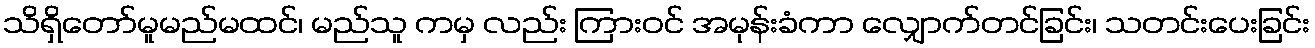
သိရှိတော်မူမည်မထင်၊ မည်သူ ကမှ လည်း ကြားဝင် အမုန်းခံကာ လျှောက်တင်ခြင်း၊ သတင်းပေးခြင်း